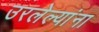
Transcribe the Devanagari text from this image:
उरलेल्यांना